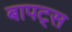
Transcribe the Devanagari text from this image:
बापट्स